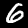
Label: 6